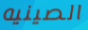
الصينيه